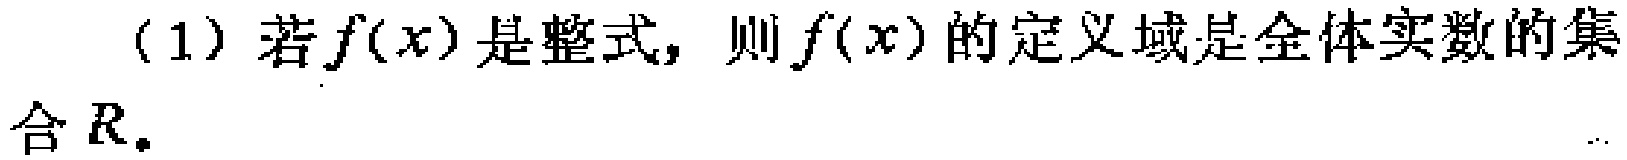
(1) 若\(f(x)\)是整式，则\(f(x)\)的定义域是全体实数的集合\(\mathbb{R}\)。